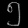
Digit: ၅